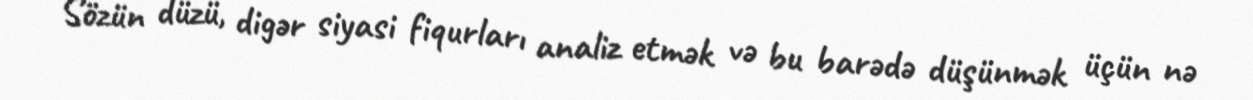
Sözün düzü, digər siyasi fiqurları analiz etmək və bu barədə düşünmək üçün nə